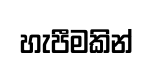
හැපීමකින්